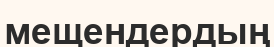
мещендердың